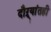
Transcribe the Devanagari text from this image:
दौऱ्यांतही